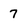
Character: 7